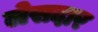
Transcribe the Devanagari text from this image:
लेसदार